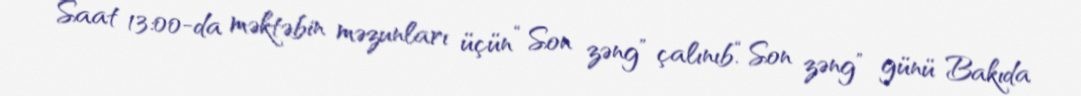
Saat 13:00-da məktəbin məzunları üçün “Son zəng” çalınıb.“Son zəng” günü Bakıda